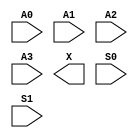
module sky130_fd_sc_hvl__udp_mux_4to2 (
    //# {{data|Data Signals}}
    input  A0,
    input  A1,
    input  A2,
    input  A3,
    output X ,

    //# {{control|Control Signals}}
    input  S0,
    input  S1
);
endmodule